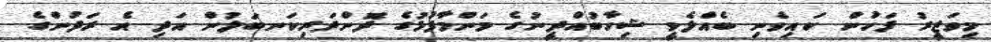
މިވަޒީރު ފަހުން ކައިވެނި ބެއްލެވީ ޝިހާބުއްދީނުގެ މަންމާފުޅުގެ ދޮންދަރިކަނބަލުން އަދި އެ ރަދުންގެ